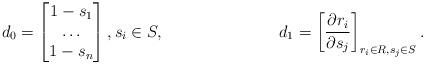
LaTeX: \begin{align*}d_0 & = \begin{bmatrix}1-s_1 \\\dots \\1-s_n\end{bmatrix},s_i\in S, & &&d_1 &= \left[ \dfrac{\partial r_i}{\partial s_j}\right]_{r_i\in R, s_j\in S}.\end{align*}